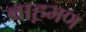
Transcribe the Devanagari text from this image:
बाह़मण